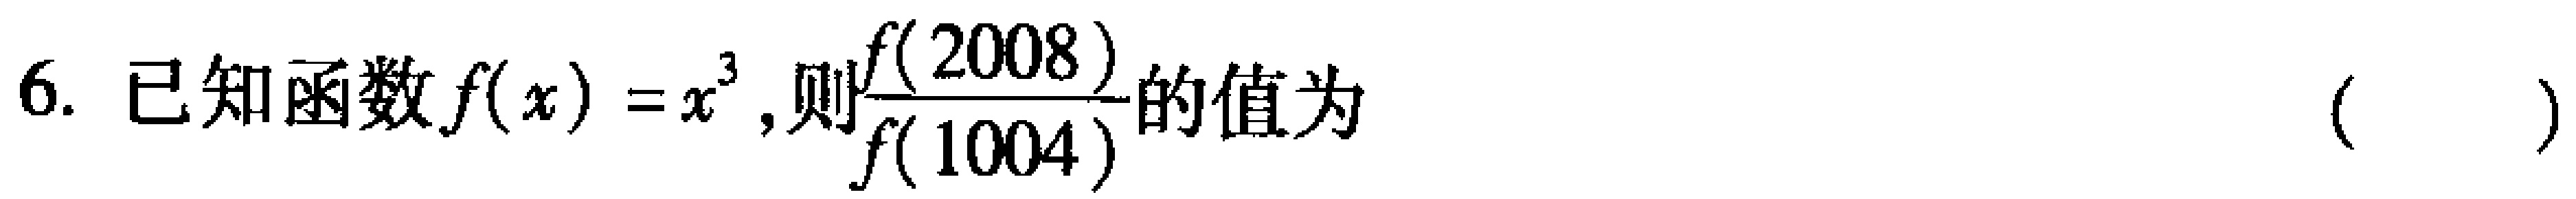
6. 已知函数$f(x)=x^{3}$,则$\frac{f(2008)}{f(1004)}$的值为  (   )